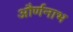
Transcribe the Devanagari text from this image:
और्णनाभ